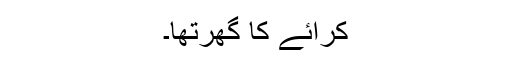
کرائے کا گھرتھا۔